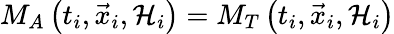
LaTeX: M_{A}\left(t_{i},\vec{x}_{i},{\cal H}_{i}\right)=M_{T}\left(t_{i},\vec{x}_{i},{\cal H}_{i}\right)